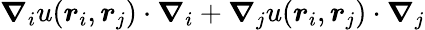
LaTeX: \boldsymbol{\nabla}_{i}u(\boldsymbol{r}_{i},\boldsymbol{r}_{j})\cdot\boldsymbol{\nabla}_{i}+\boldsymbol{\nabla}_{j}u(\boldsymbol{r}_{i},\boldsymbol{r}_{j})\cdot\boldsymbol{\nabla}_{j}